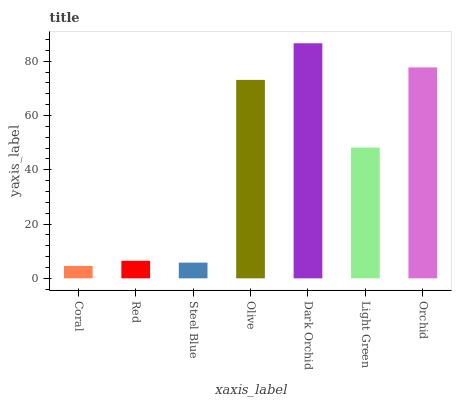
| xaxis_label | bars |
 | --- | --- |
 | Coral | 4.55 |
 | Red | 6.45 |
 | Steel Blue | 5.79 |
 | Olive | 73.1 |
 | Dark Orchid | 86.6 |
 | Light Green | 48.2 |
 | Orchid | 77.7 |